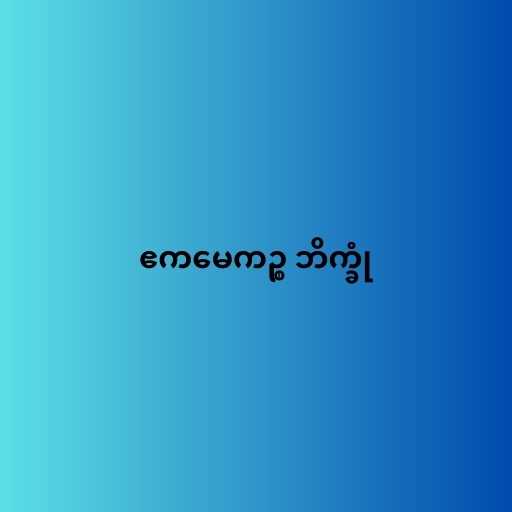
ဧကမေကဉ္စ ဘိက္ခုံ